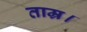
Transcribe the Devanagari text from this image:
ताम्र।